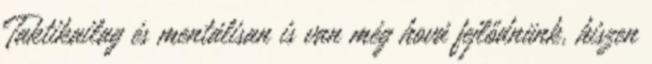
Taktikailag és mentálisan is van még hová fejlődnünk, hiszen